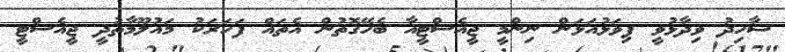
ޝާހިދު ވިދާޅުވީ ފިވަޅުއަޅަން ނިންމީ ޖީއެސްޓީއާ ބެހޭގޮތުން އެތައް ފަހަރަކު މައުލޫމާތުދީ ޖީއެސްޓީ